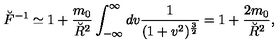
{ \breve { F } } ^ { - 1 } \simeq 1 + { \frac { m _ { 0 } } { \breve { R } ^ { 2 } } } \int _ { - \infty } ^ { \infty } d v { \frac { 1 } { ( 1 + v ^ { 2 } ) ^ { { \frac { 3 } { 2 } } } } } = 1 + { \frac { 2 m _ { 0 } } { \breve { R } ^ { 2 } } } ,